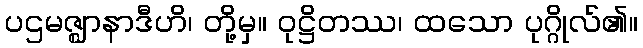
ပဌမဇ္ဈာနာဒီဟိ၊ တို့မှ။ ဝုဋ္ဌိတဿ၊ ထသော ပုဂ္ဂိုလ်၏။